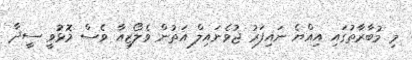
މި މުބާރާތުގައި އިއްޔެ ނައިފަރު ޖުވެނައިލް އަތުން ވެލޯޒިއާ ވެސް މޮޅުވީ ސީދާ